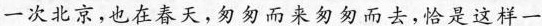
一次北京，也在春天，匆匆而来匆匆而去，恰是这样一